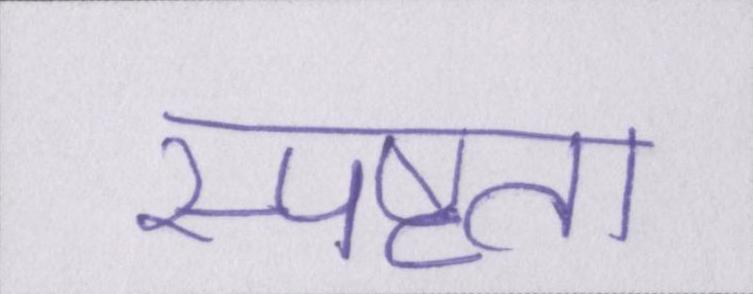
स्पष्टता